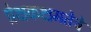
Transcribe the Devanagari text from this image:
प्रेक्षकक्षमतेचे